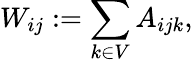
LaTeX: W_{ij}:=\sum_{k\in V}A_{ijk},